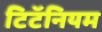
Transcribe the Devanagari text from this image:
टिटॅनियम